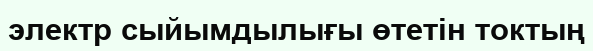
электр сыйымдылығы өтетін токтың